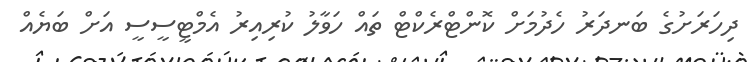
ދިހަރަށުގެ ބަނދަރު ހެދުމަށް ކޮންޓްރެކްޓް ތައް ހަވާލު ކުރިއިރު އެމްޓީސީސީ އަށް ބަޔެއް